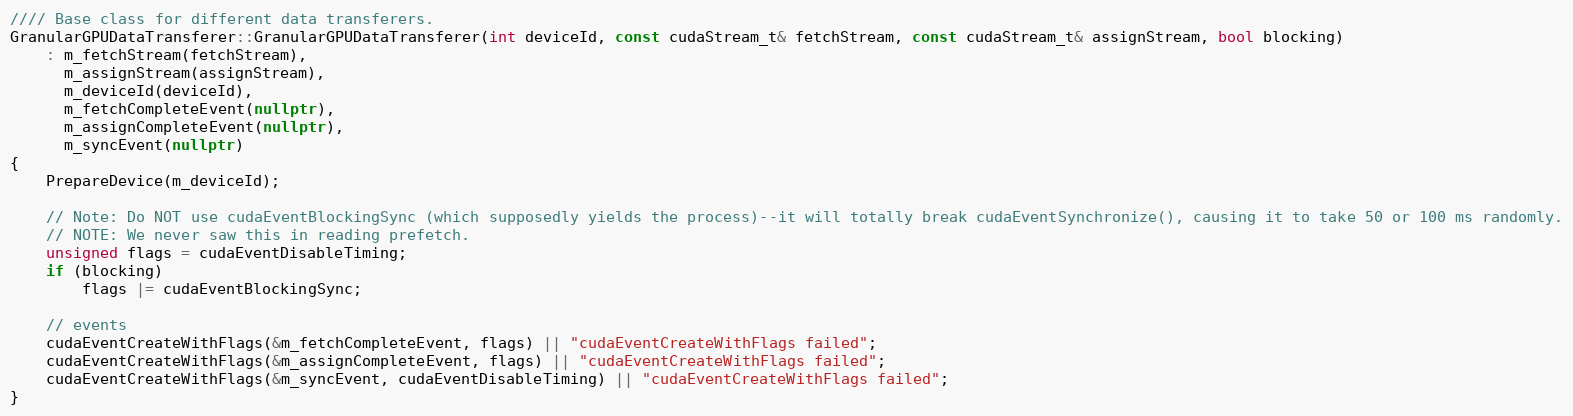
Language: C++
//// Base class for different data transferers.
GranularGPUDataTransferer::GranularGPUDataTransferer(int deviceId, const cudaStream_t& fetchStream, const cudaStream_t& assignStream, bool blocking)
    : m_fetchStream(fetchStream),
      m_assignStream(assignStream),
      m_deviceId(deviceId),
      m_fetchCompleteEvent(nullptr),
      m_assignCompleteEvent(nullptr),
      m_syncEvent(nullptr)
{
    PrepareDevice(m_deviceId);

    // Note: Do NOT use cudaEventBlockingSync (which supposedly yields the process)--it will totally break cudaEventSynchronize(), causing it to take 50 or 100 ms randomly.
    // NOTE: We never saw this in reading prefetch.
    unsigned flags = cudaEventDisableTiming;
    if (blocking)
        flags |= cudaEventBlockingSync;

    // events
    cudaEventCreateWithFlags(&m_fetchCompleteEvent, flags) || "cudaEventCreateWithFlags failed";
    cudaEventCreateWithFlags(&m_assignCompleteEvent, flags) || "cudaEventCreateWithFlags failed";
    cudaEventCreateWithFlags(&m_syncEvent, cudaEventDisableTiming) || "cudaEventCreateWithFlags failed";
}